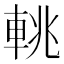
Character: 𨋫